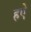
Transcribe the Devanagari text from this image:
हऐ